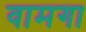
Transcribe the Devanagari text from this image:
वामगा